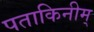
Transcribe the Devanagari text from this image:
पताकिनीम्